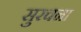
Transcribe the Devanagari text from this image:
सुरचना